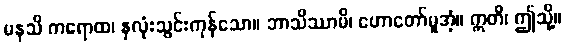
မနသိ ကရောထ၊ နှလုံးသွင်းကုန်သော။ ဘာသိဿာမိ၊ ဟောတော်မူအံ့။ ဣတိ၊ ဤသို့။